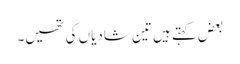
بعض کہتے ہیں تین شادیاں کی تھیں۔